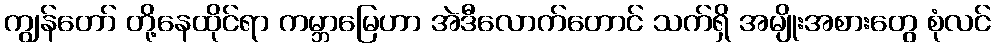
ကျွန်တော် တို့နေထိုင်ရာ ကမ္ဘာမြေဟာ အဲဒီလောက်တောင် သက်ရှိ အမျိုးအစားတွေ စုံလင်